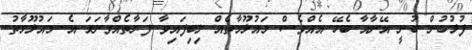
ފުލުހުން ބުނީ އޭނާއާ ބެހޭ އެއްވެސް މައުލޫމާތެއް ލިބިފައިވާ ފަރާތެއްވާނަމަ އެ މައުލޫމާތު